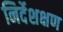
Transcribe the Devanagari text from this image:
निर्देशक्षण